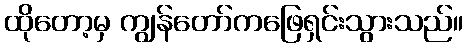
ထိုတော့မှ ကျွန်တော်ကဖြေရှင်းသွားသည်။